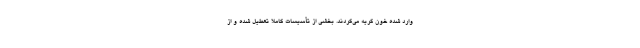
وارد شده خون گریه می‌کردند. بخشی از تأسیسات کاملاً تعطیل شده و از